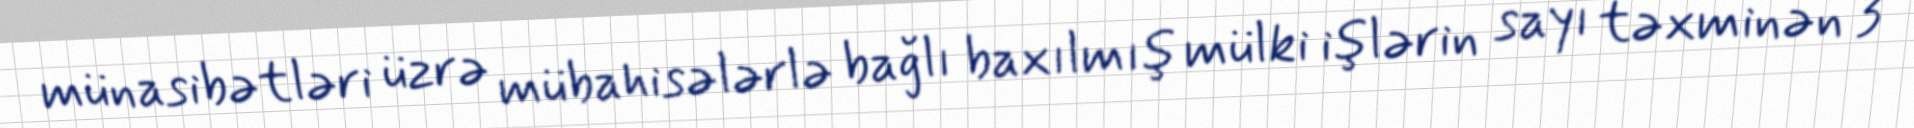
münasibətləri üzrə mübahisələrlə bağlı baxılmış mülki işlərin sayı təxminən 3